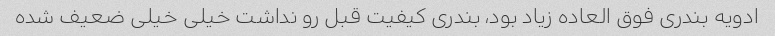
ادویه بندری فوق العاده زیاد بود، بندری کیفیت قبل رو نداشت خیلی خیلی ضعیف شده